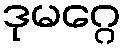
ဒုမဂ္ဂေ